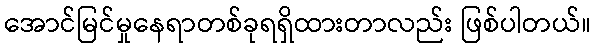
အောင်မြင်မှုနေရာတစ်ခုရရှိထားတာလည်း ဖြစ်ပါတယ်။